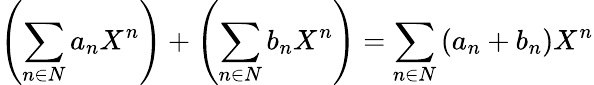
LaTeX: \left(\sum_{n\in N}a_{n}X^{n}\right)+\left(\sum_{n\in N}b_{n}X^{n}\right)=\sum_{n\in N}\left(a_{n}+b_{n}\right)X^{n}